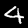
Label: 4